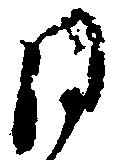
同